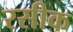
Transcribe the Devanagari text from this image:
रसीक